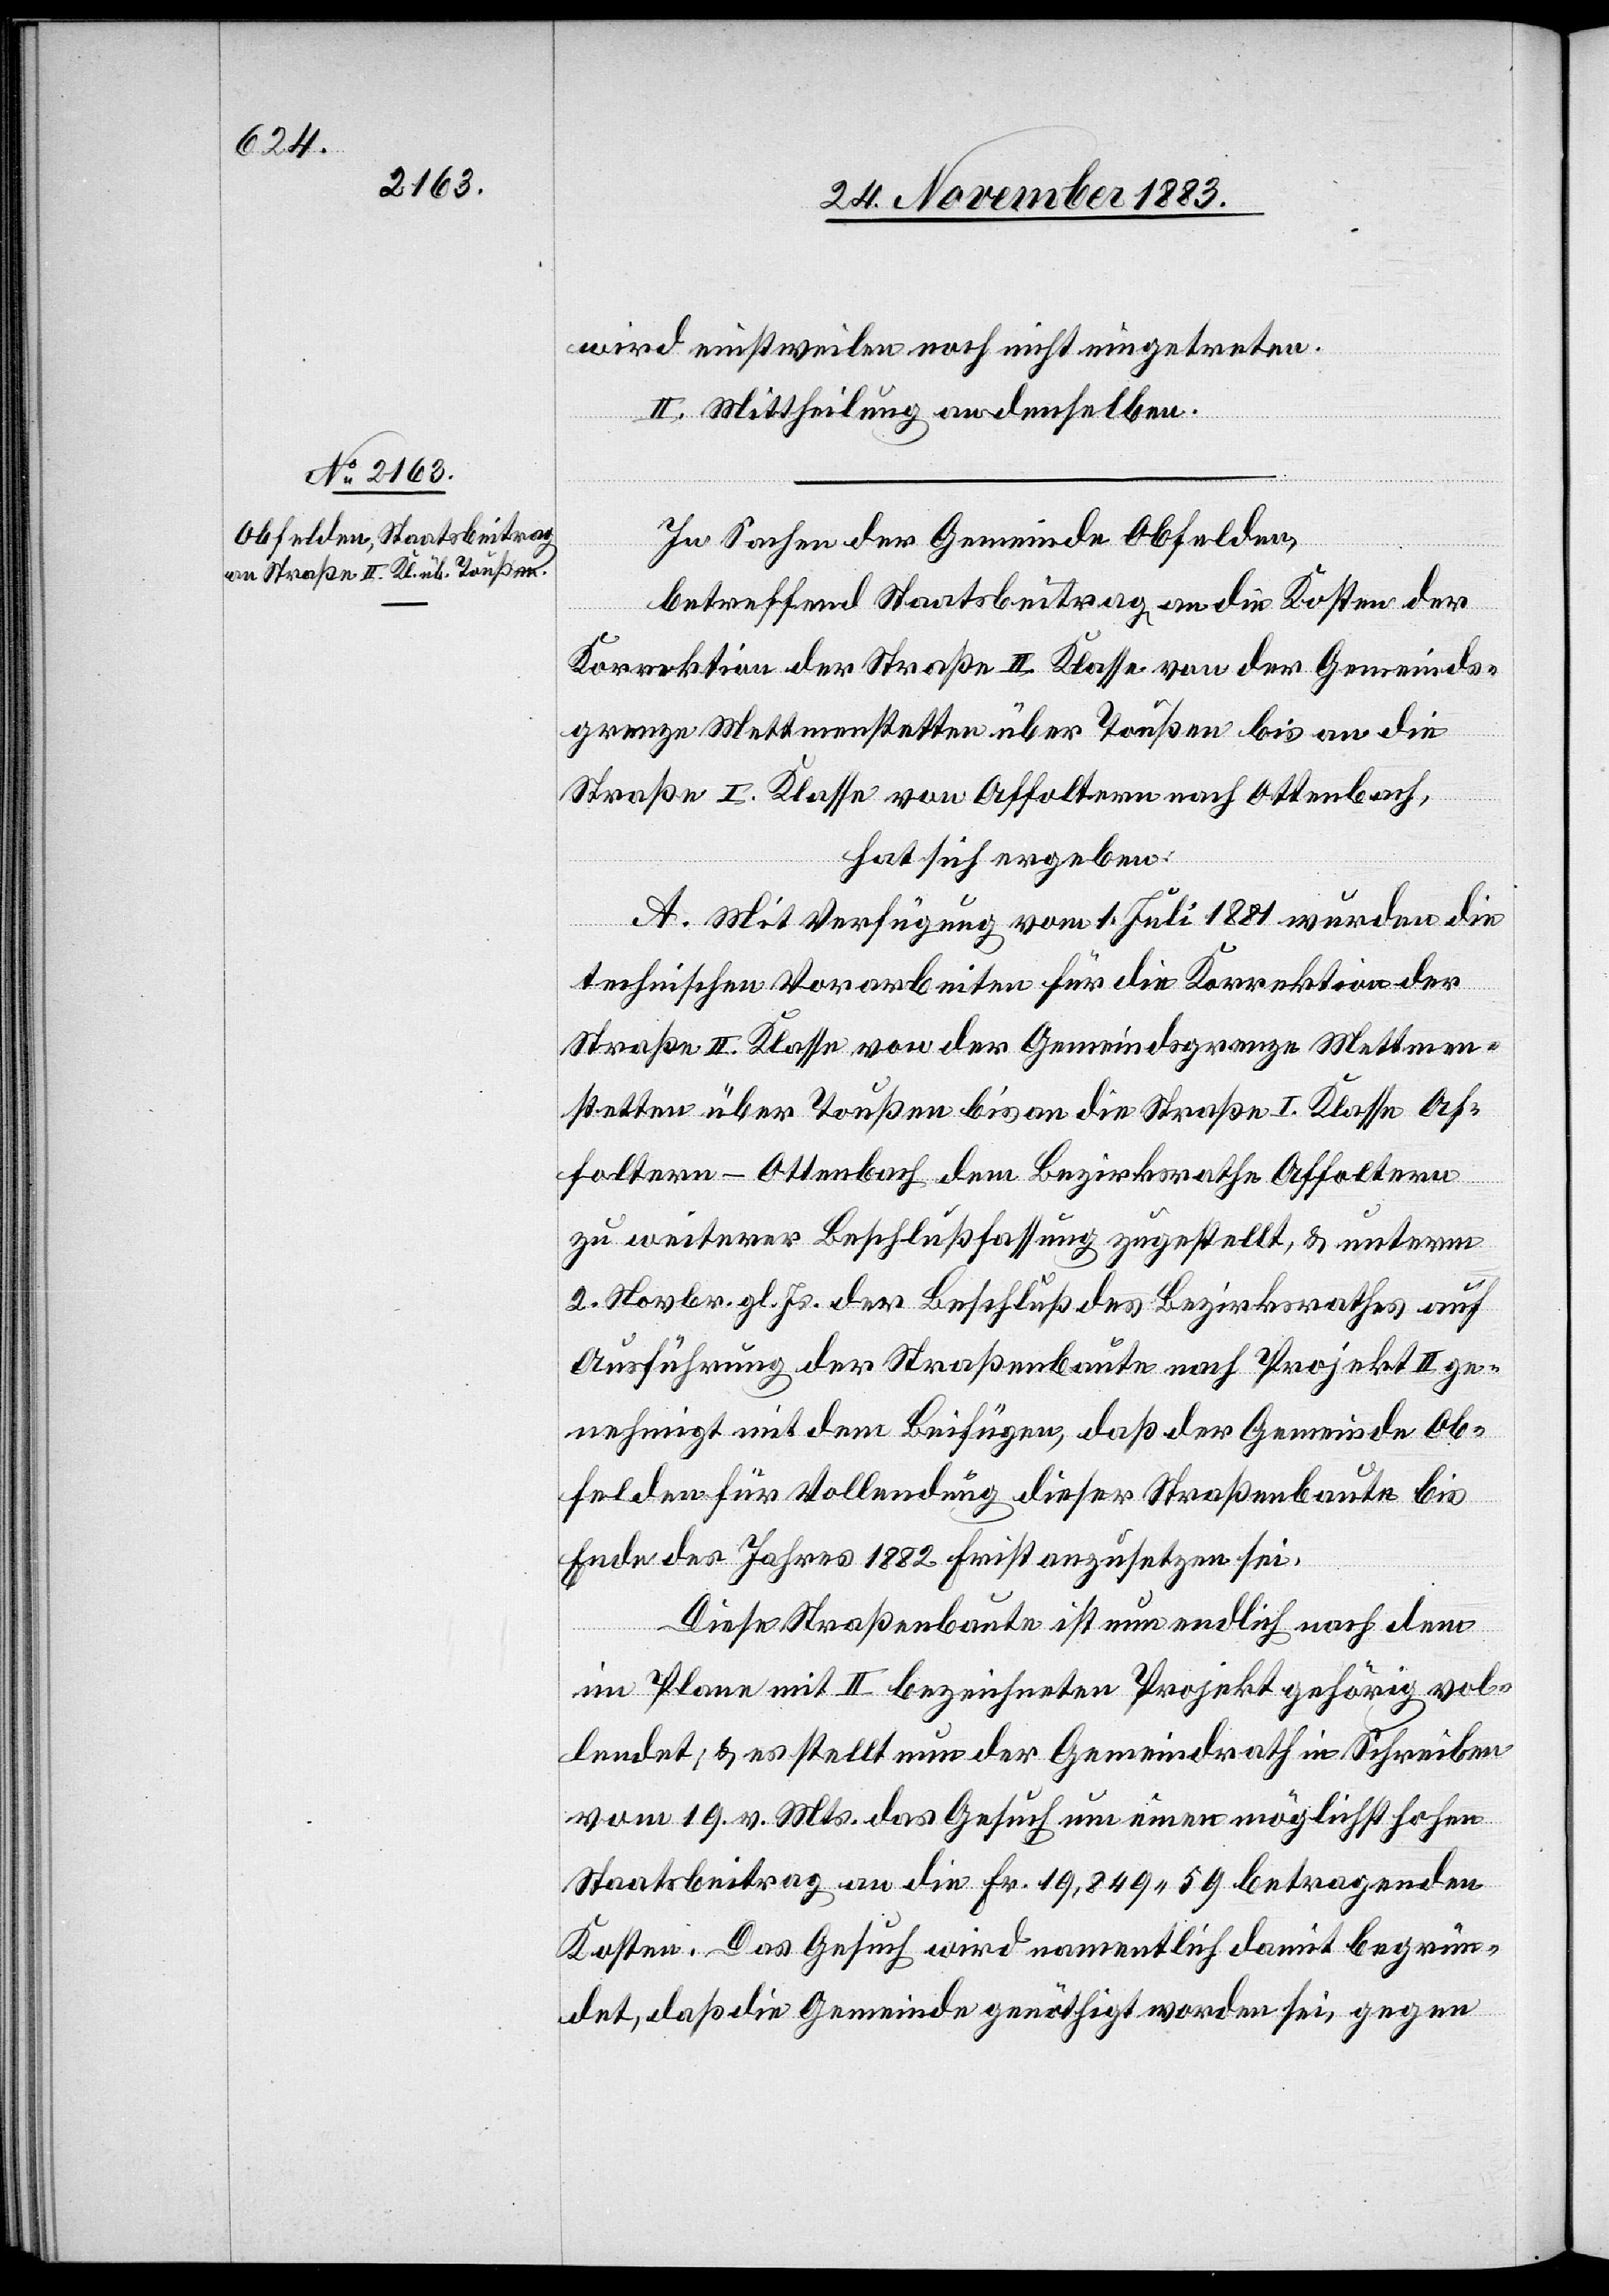
wird einstweilen noch nicht eingetreten.
II. Mittheilung an denselben.
In Sachen der Gemeinde Obfelden,
betreffend Staatsbeitrag an die Kosten der
Korrektion der Straße II. Klasse von der Gemeinds¬
grenze Mettmenstetten über Toußen bis an die
Straße I. Klasse von Affoltern nach Ottenbach,
hat sich ergeben:
A. Mit Verfügung vom 1. Juli 1881 wurden die
technischen Vorarbeiten für die Korrektion der
Straße II. Klasse von der Gemeindsgrenze Mettmen¬
stetten über Toußen bis an die Straße I. Klasse Af¬
foltern–Ottenbach dem Bezirksrathe Affoltern
zu weiterer Beschlußfassung zugestellt, & unterm
2. Novbr. gl. Js. der Beschluß des Bezirksrathes auf
Ausführung der Straßenbaute nach Projekt II ge¬
nehmigt mit dem Beifügen, daß der Gemeinde Ob¬
felden für Vollendung dieser Straßenbaute bis
Ende des Jahres 1882 Frist auszusetzen sei.
Diese Straßenbaute ist nun endlich nach dem
im Plane mit II bezeichneten Projekt gehörig vol¬
lendet; & es stellt nun der Gemeindrath in Schreiben
vom 19. v. Mts. das Gesuch um einen möglichst hohen
Staatsbeitrag an die Fr. 19,849 59 betragenden
Kosten. Das Gesuch wird namentlich damit begrün¬
det, daß die Gemeinde genöthigt worden sei, gegen